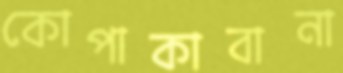
কোপাকাবানা